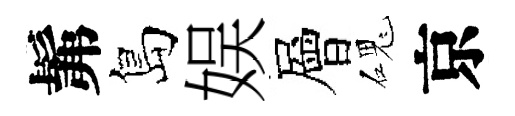
髴島娱層磈京